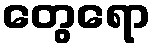
တွေရော